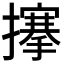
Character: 𢷘